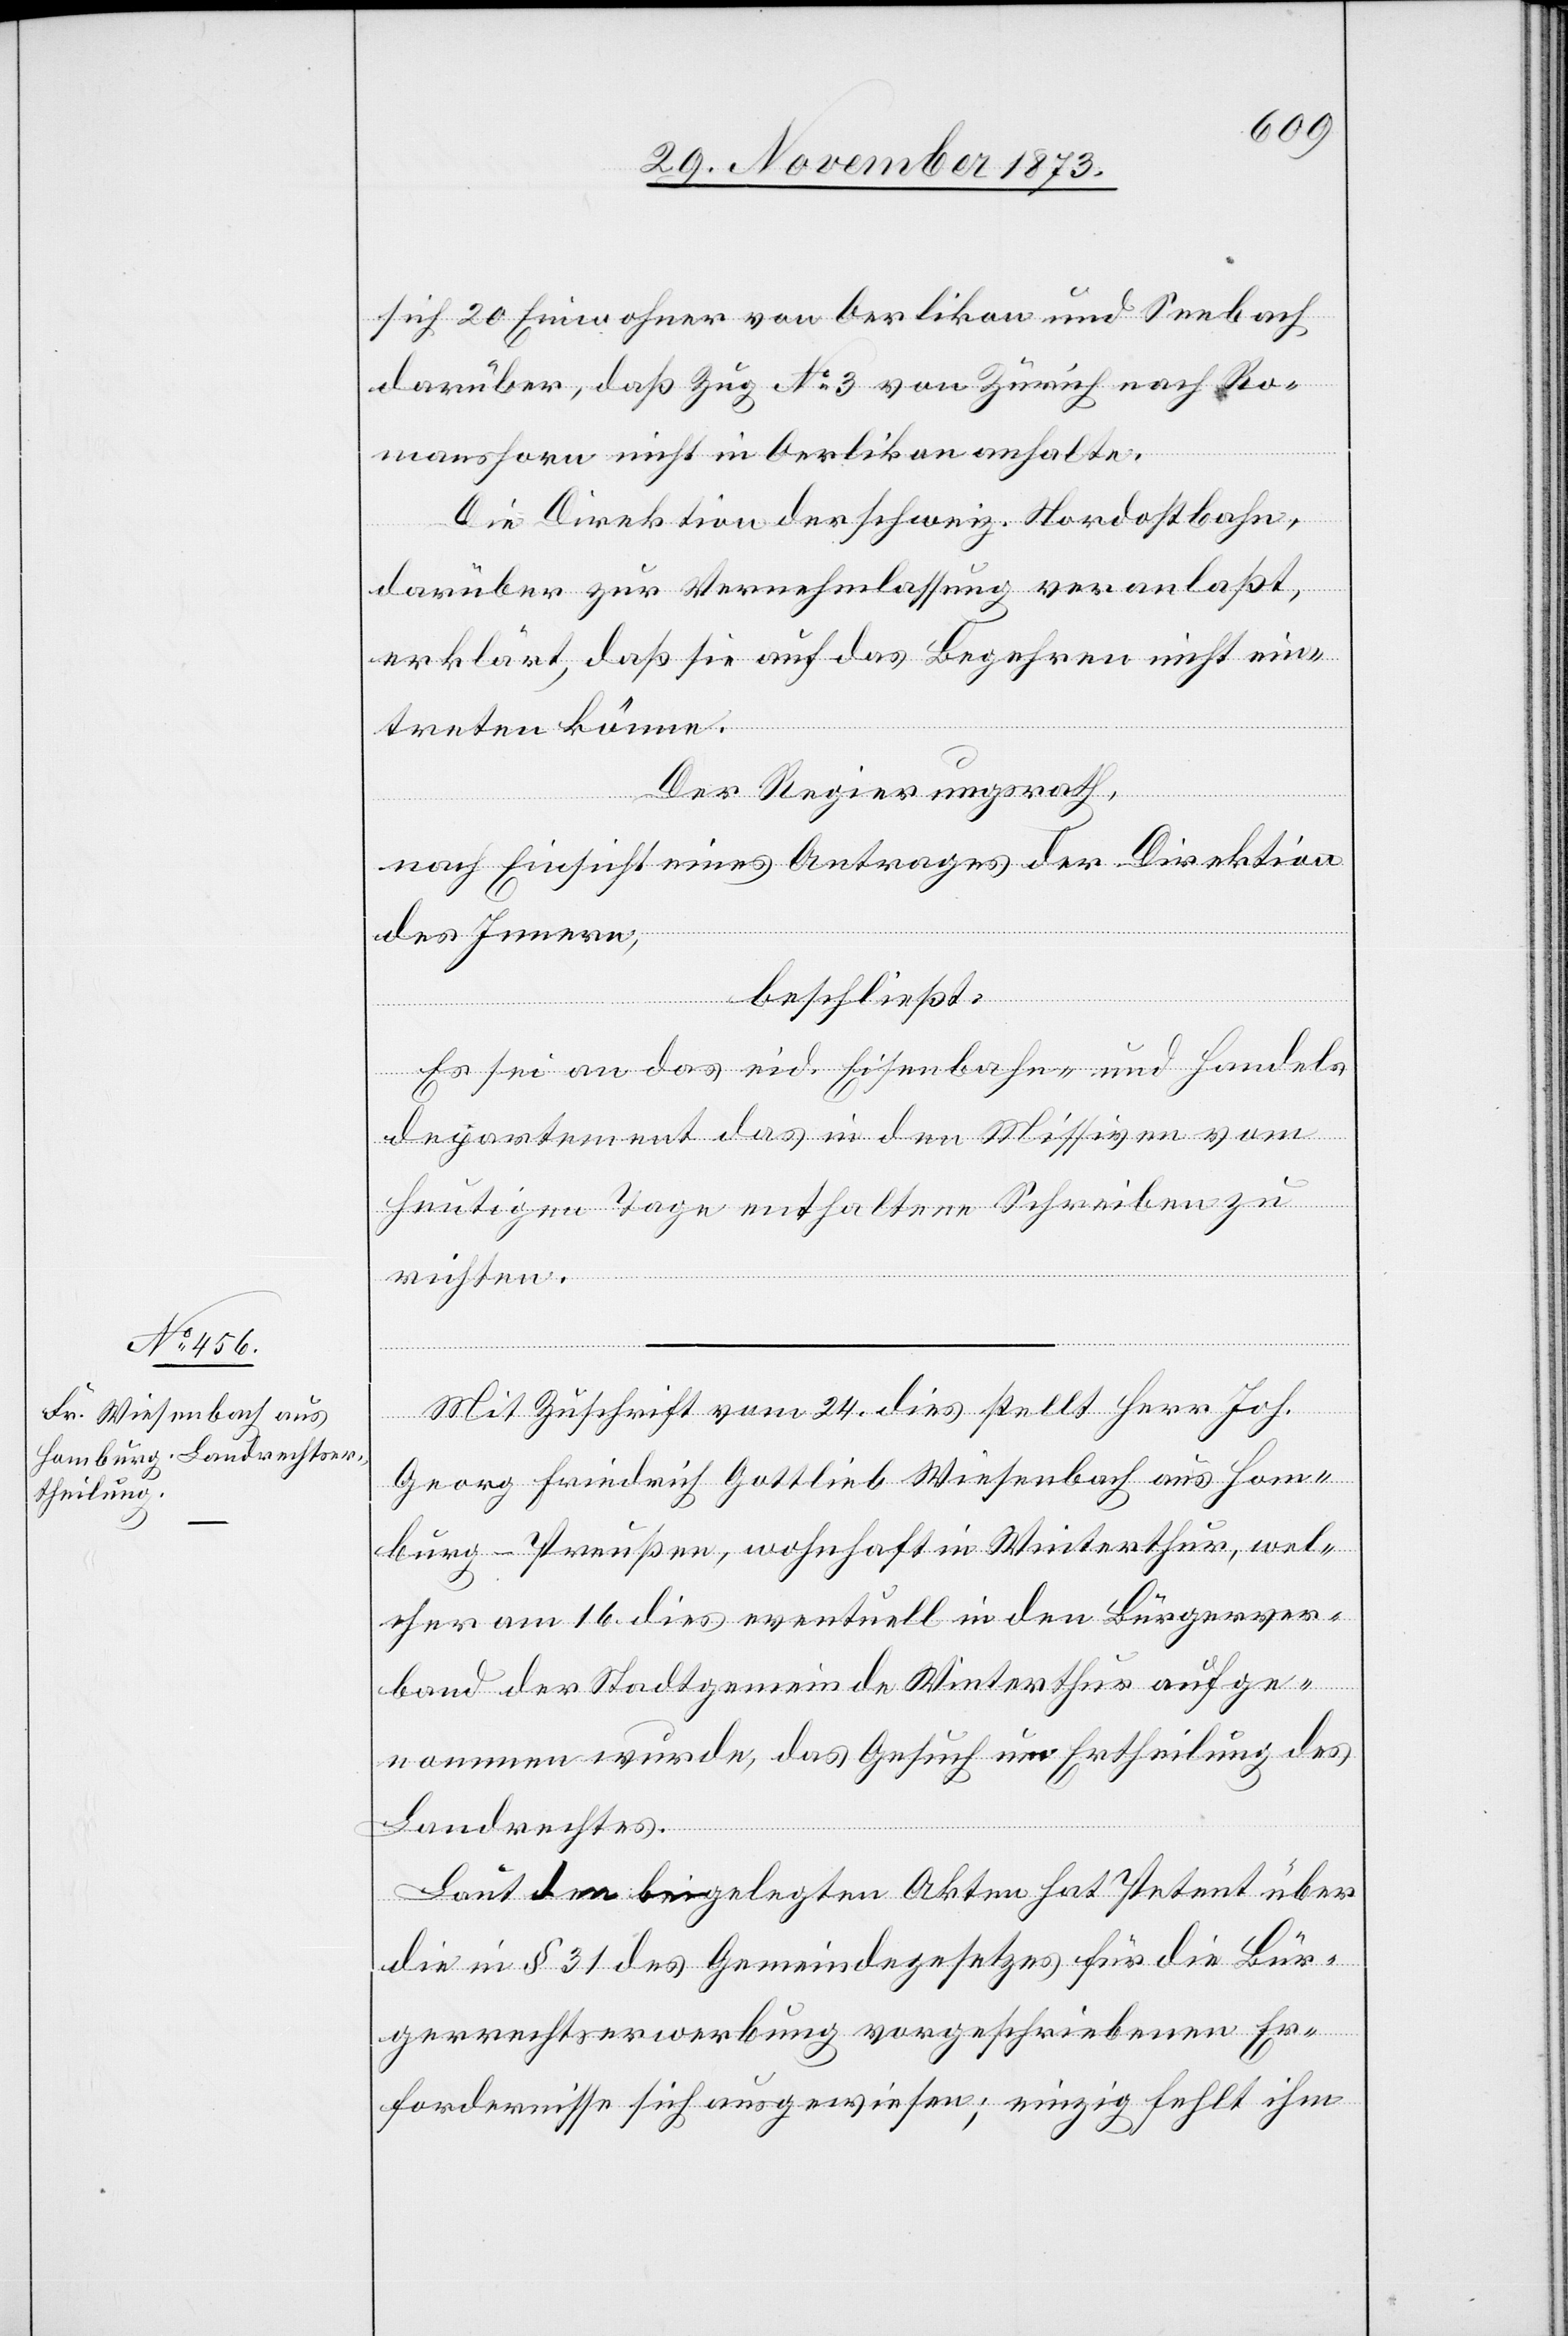
sich 20 Einwohner von Oerlikon und Seebach
darüber, daß Zug No 3 von Zürich nach Ro¬
manshorn nicht in Oerlikon anhalte.
Die Direktion der schweiz. Nordostbahn,
darüber zur Vernehmlassung veranlaßt,
erklärt, daß sie auf das Begehren nicht ein¬
treten könne.
Der Regierungsrath,
nach Einsicht eines Antrages der Direktion
des Innern,
beschließt:
Es sei an das eid. Eisenbahn- und Handels¬
departement das in den Missiven vom
heutigen Tage enthaltene Schreiben zu
richten.
Mit Zuschrift vom 24. dies stellt Herr Joh.
Georg Friedrich Gottlieb Wiesenbach aus Hom¬
burg - Preußen, wohnhaft in Winterthur, wel¬
cher am 16. dies eventuell in den Bürgerver¬
band der Stadtgemeinde Winterthur aufge¬
nommen wurde, das Gesuch um Ertheilung des
Landrechtes.
Laut den beigelegten Akten hat Petent über
die in § 31 des Gemeindegesetzes für die Bür¬
gerrechtserwerbung vorgeschriebenen Er¬
fordernisse sich ausgewiesen; einzig fehlt ihm